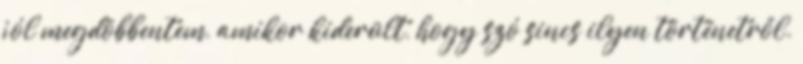
jól megdöbbentem, amikor kiderült, hogy szó sincs ilyen történetről.